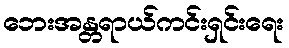
ဘေးအန္တရာယ်ကင်းရှင်းရေး